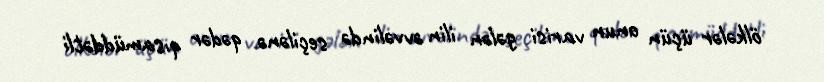
ölkələr üçün onun varisi gələn ilin əvvəlində seçilənə qədər qısamüddətli